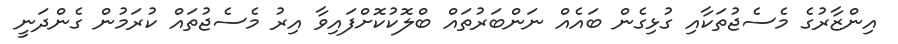
އިންޒާރުގެ މެސެޖުތަކާއި ގުޅިގެން ބައެއް ނަންބަރުތައް ބްލޮކުކޮށްފައިވާ އިރު މެސެޖުތައް ކުރަމުން ގެންދަނީ